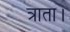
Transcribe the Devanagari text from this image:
त्राता।